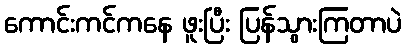
ကောင်းကင်ကနေ ဖူးပြီး ပြန်သွားကြတာပဲ